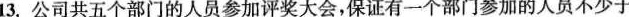
13.公司共五个部门的人员参加评奖大会，保证有一个部门参加的人员不少于